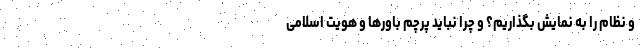
و نظام را به نمایش بگذاریم؟ و چرا نباید پرچم باورها و هویت اسلامی